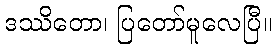
ဒဿိတော၊ ပြတော်မူလေပြီ။